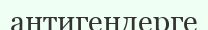
антигендерге